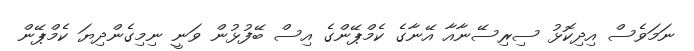
ނަމަވެސް އިދިކޮޅު ސިރިސޭނާއާ އޭނާގެ ކެމްޕޭންގެ އިސް ބޭފުޅުން ވަނީ ނިމިގެންދިޔަ ކެމްޕޭން